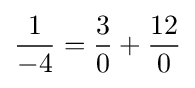
{\frac {1}{-4}}={\frac {3}{0}}+{\frac {12}{0}}